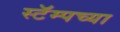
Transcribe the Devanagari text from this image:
स्टॅम्पच्या